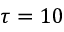
\tau = 1 0